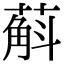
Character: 蔛